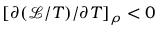
[ \partial ( \mathcal { L } / T ) / \partial T ] _ { \rho } < 0